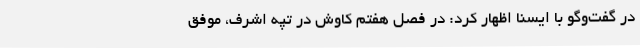
در گفت‌وگو با ایسنا اظهار کرد: در فصل هفتم کاوش در تپه اشرف، موفق